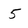
Character: 5